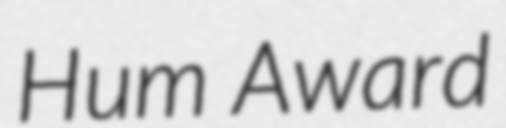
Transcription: Hum Award